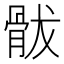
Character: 䯋